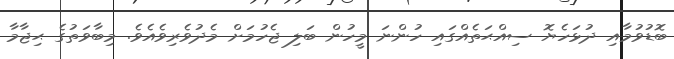
ބޮޑުވުމާއި ދުޅަހެޔޮ ސިއްޙަތެއްގައި ހުންނަ މީހުން ބަލި ޖެހުމަށް މެދުވެރިވެއެވެ. މިބާވަތުގެ ޙިޖާމާ